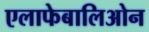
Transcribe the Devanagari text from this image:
एलाफेबालिओन